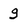
Character: g